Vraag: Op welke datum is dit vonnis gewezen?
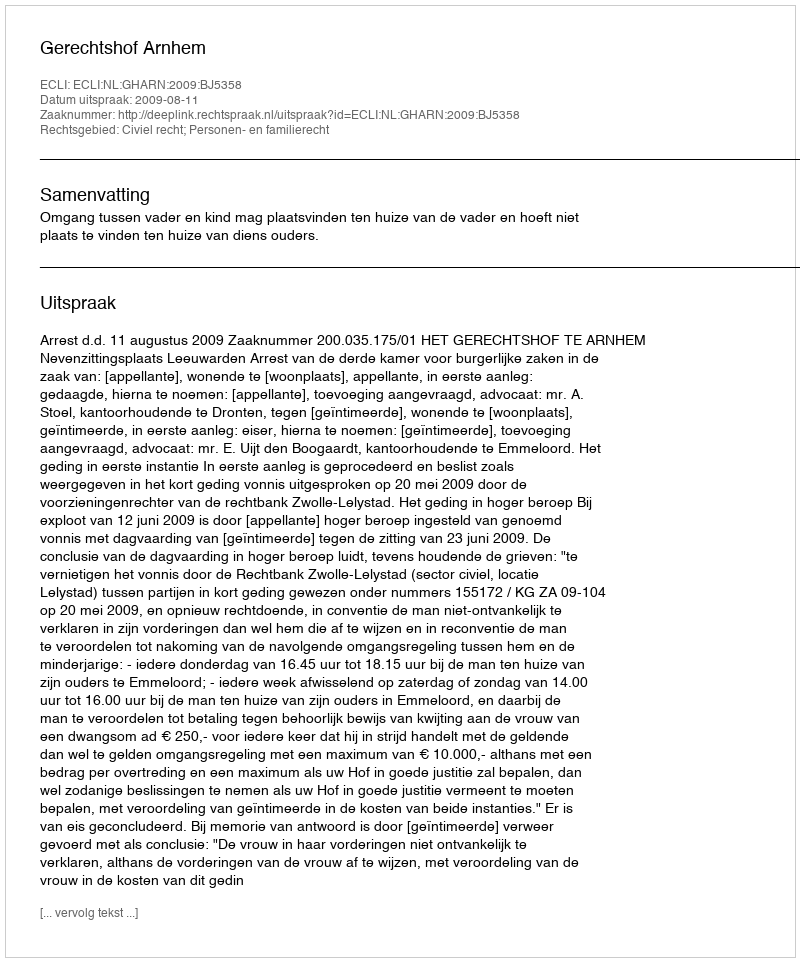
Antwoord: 2009-08-11